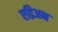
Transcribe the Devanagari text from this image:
एद्रिअन